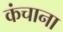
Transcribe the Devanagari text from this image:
कंचाना